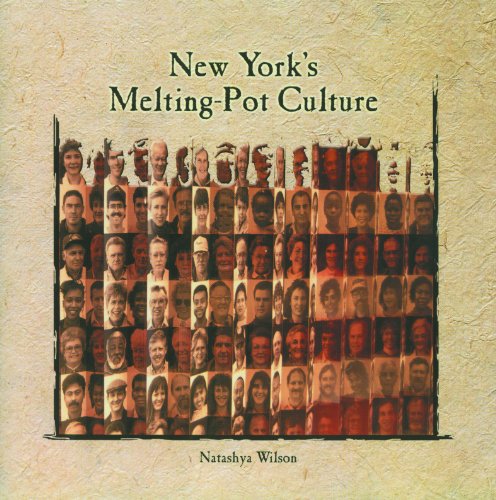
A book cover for New York's Melting-pot Culture (Primary Sources of New York City and New York State); Natashya Wilson; Children's Books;